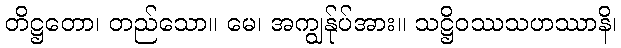
တိဋ္ဌတော၊ တည်သော။ မေ၊ အကျွန်ုပ်အား။ သဋ္ဌိဝဿသဟဿာနိ၊